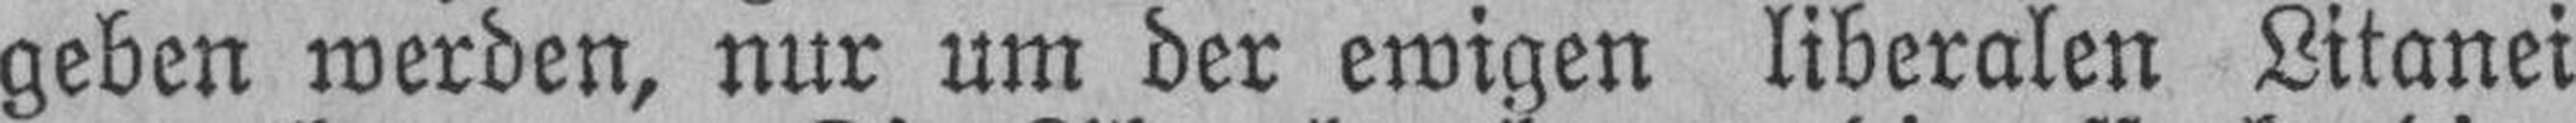
geben werden, nur um der ewigen liberalen Litanei